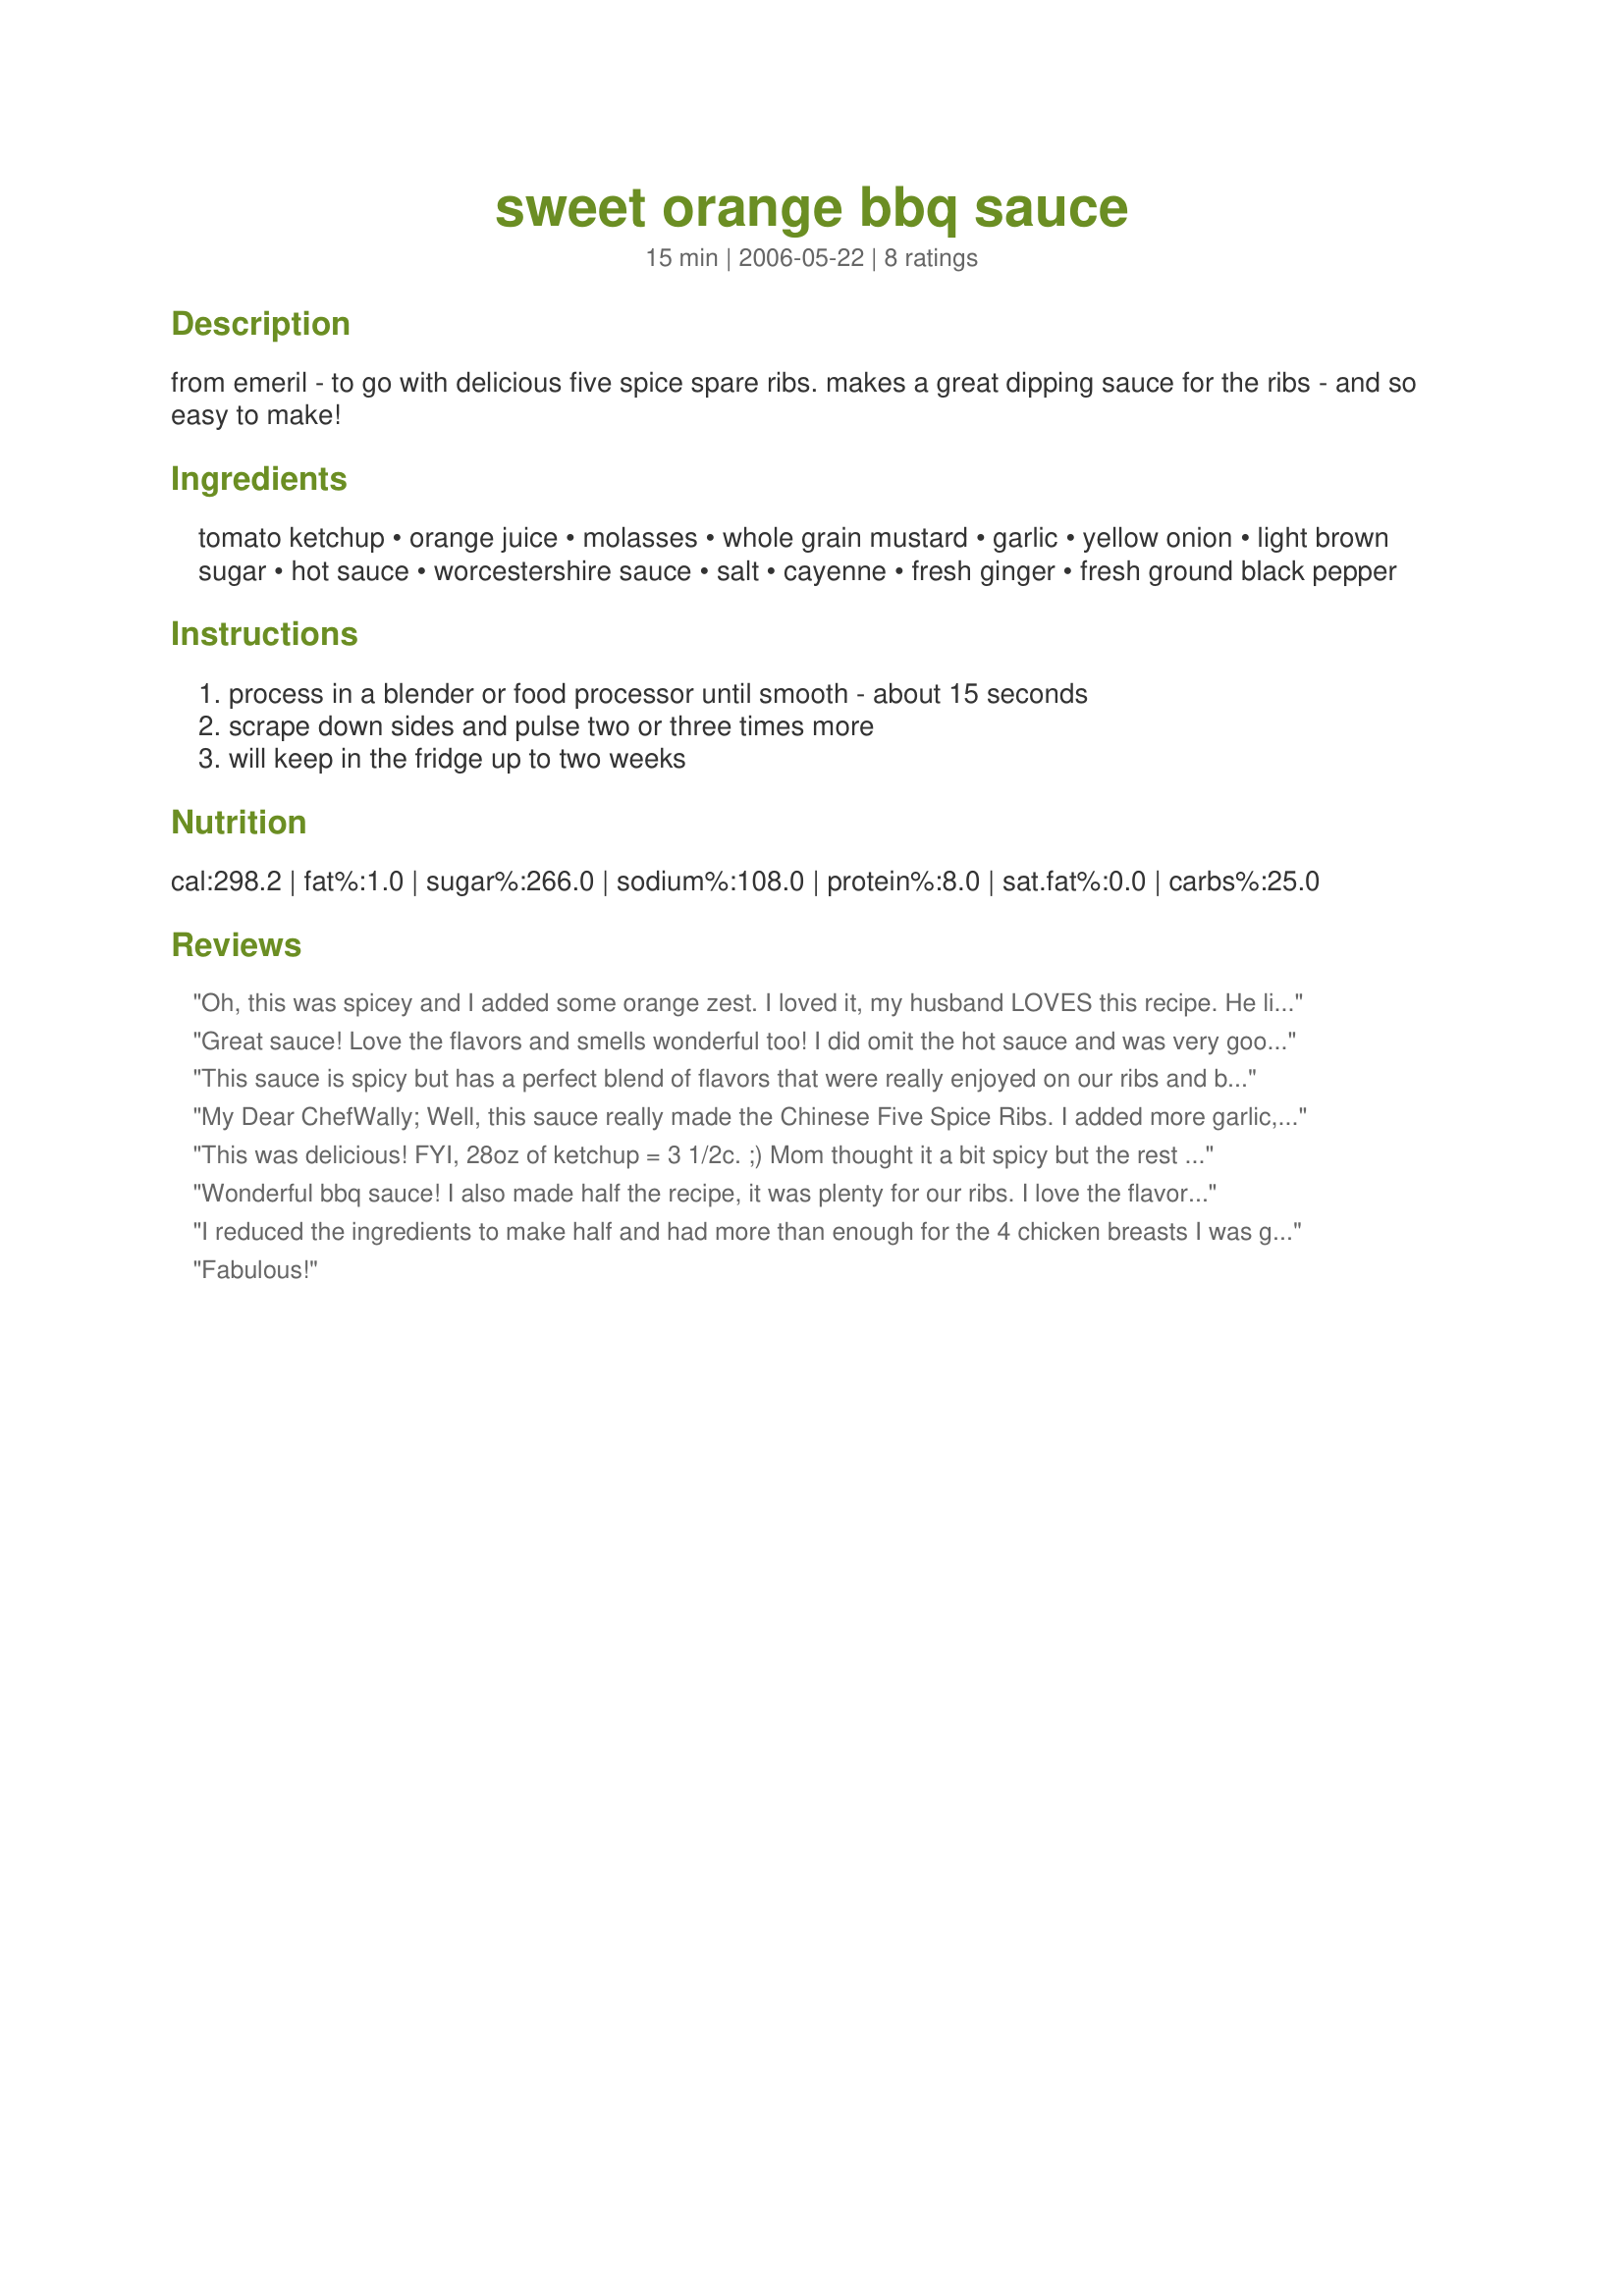
sweet orange bbq sauce
Preparation time: 15 minutes

from emeril - to go with delicious five spice spare ribs. makes a great dipping sauce for the ribs - and so easy to make!

Ingredients:
tomato ketchup, orange juice, molasses, whole grain mustard, garlic, yellow onion, light brown sugar, hot sauce, worcestershire sauce, salt, cayenne, fresh ginger, fresh ground black pepper

Steps:
process in a blender or food processor until smooth - about 15 seconds, scrape down sides and pulse two or three times more, will keep in the fridge up to two weeks

Reviews:
Oh, this was spicey and I added some orange zest. I loved it, my husband LOVES this recipe. He likes that spiciness and so does daughter. Really good, we will use this sauce again!
Great sauce! Love the flavors and smells wonderful too! I did omit the hot sauce and was very good without it.
This sauce is spicy but has a perfect blend of flavors that were really enjoyed on our ribs and baked in the oven. I see myself making more in the future!
My Dear ChefWally;
Well, this sauce really made the Chinese Five Spice Ribs.
I added more garlic, a bit more Hot Sauce, and about 1 teaspoon of lime zest along with all of your ingredients.
Loved the flavor and the spiceness of the sauce.
Thank you so much for your posting of these recipes.
Best Regards,
"Uncle Bill"
Bill Anatooskin
My email addy: wanatoos@shaw.ca
This was delicious! FYI, 28oz of ketchup = 3 1/2c. ;) Mom thought it a bit spicy but the rest of us thought it was perfect! Thanks!!
Wonderful bbq sauce! I also made half the recipe, it was plenty for our ribs. I love the flavor of orange in the background (I also added some orange zest!) We like our sauce sweet and spicy so I doubled the cayenne, even though I only made half of the recipe!! It was perfect!
Thank you Chef Wally!!
I reduced the ingredients to make half and had more than enough for the 4 chicken breasts I was grilling. We really enjoyed the flavors here...sweet with a touch of spicy heat. Thank you Wally!!!
Fabulous!
